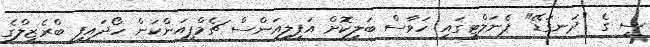
ސީ ގެ "ދަނގަޑޭ" ޕެނަލްޓީގައި ހަވާސް ބަލިކޮށް އަފިލިއަންސް ޗެމްޕިއަންކަން ހޯދައިފި ބްރެޒިލްގެ